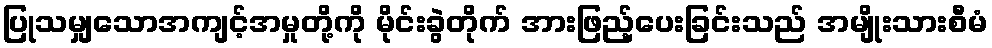
ပြုသမျှသောအကျင့်အမှုတို့ကို မိုင်းခွဲတိုက် အားဖြည့်ပေးခြင်းသည် အမျိုးသားစီမံ